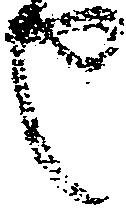
也